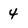
Character: 4